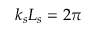
k _ { s } L _ { s } = 2 \pi